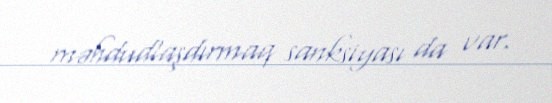
məhdudlaşdırmaq sanksiyası da var.